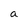
Character: a